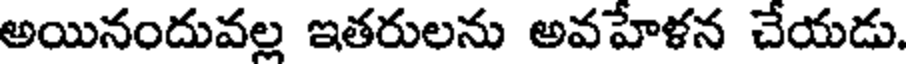
అయినందువల్ల ఇతరులను అవహేళన చేయడు.